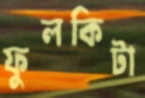
ফুলকিটা